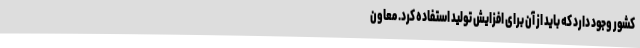
کشور وجود دارد که باید از آن برای افزایش تولید استفاده کرد. معاون